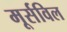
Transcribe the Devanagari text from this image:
मूर्सविल